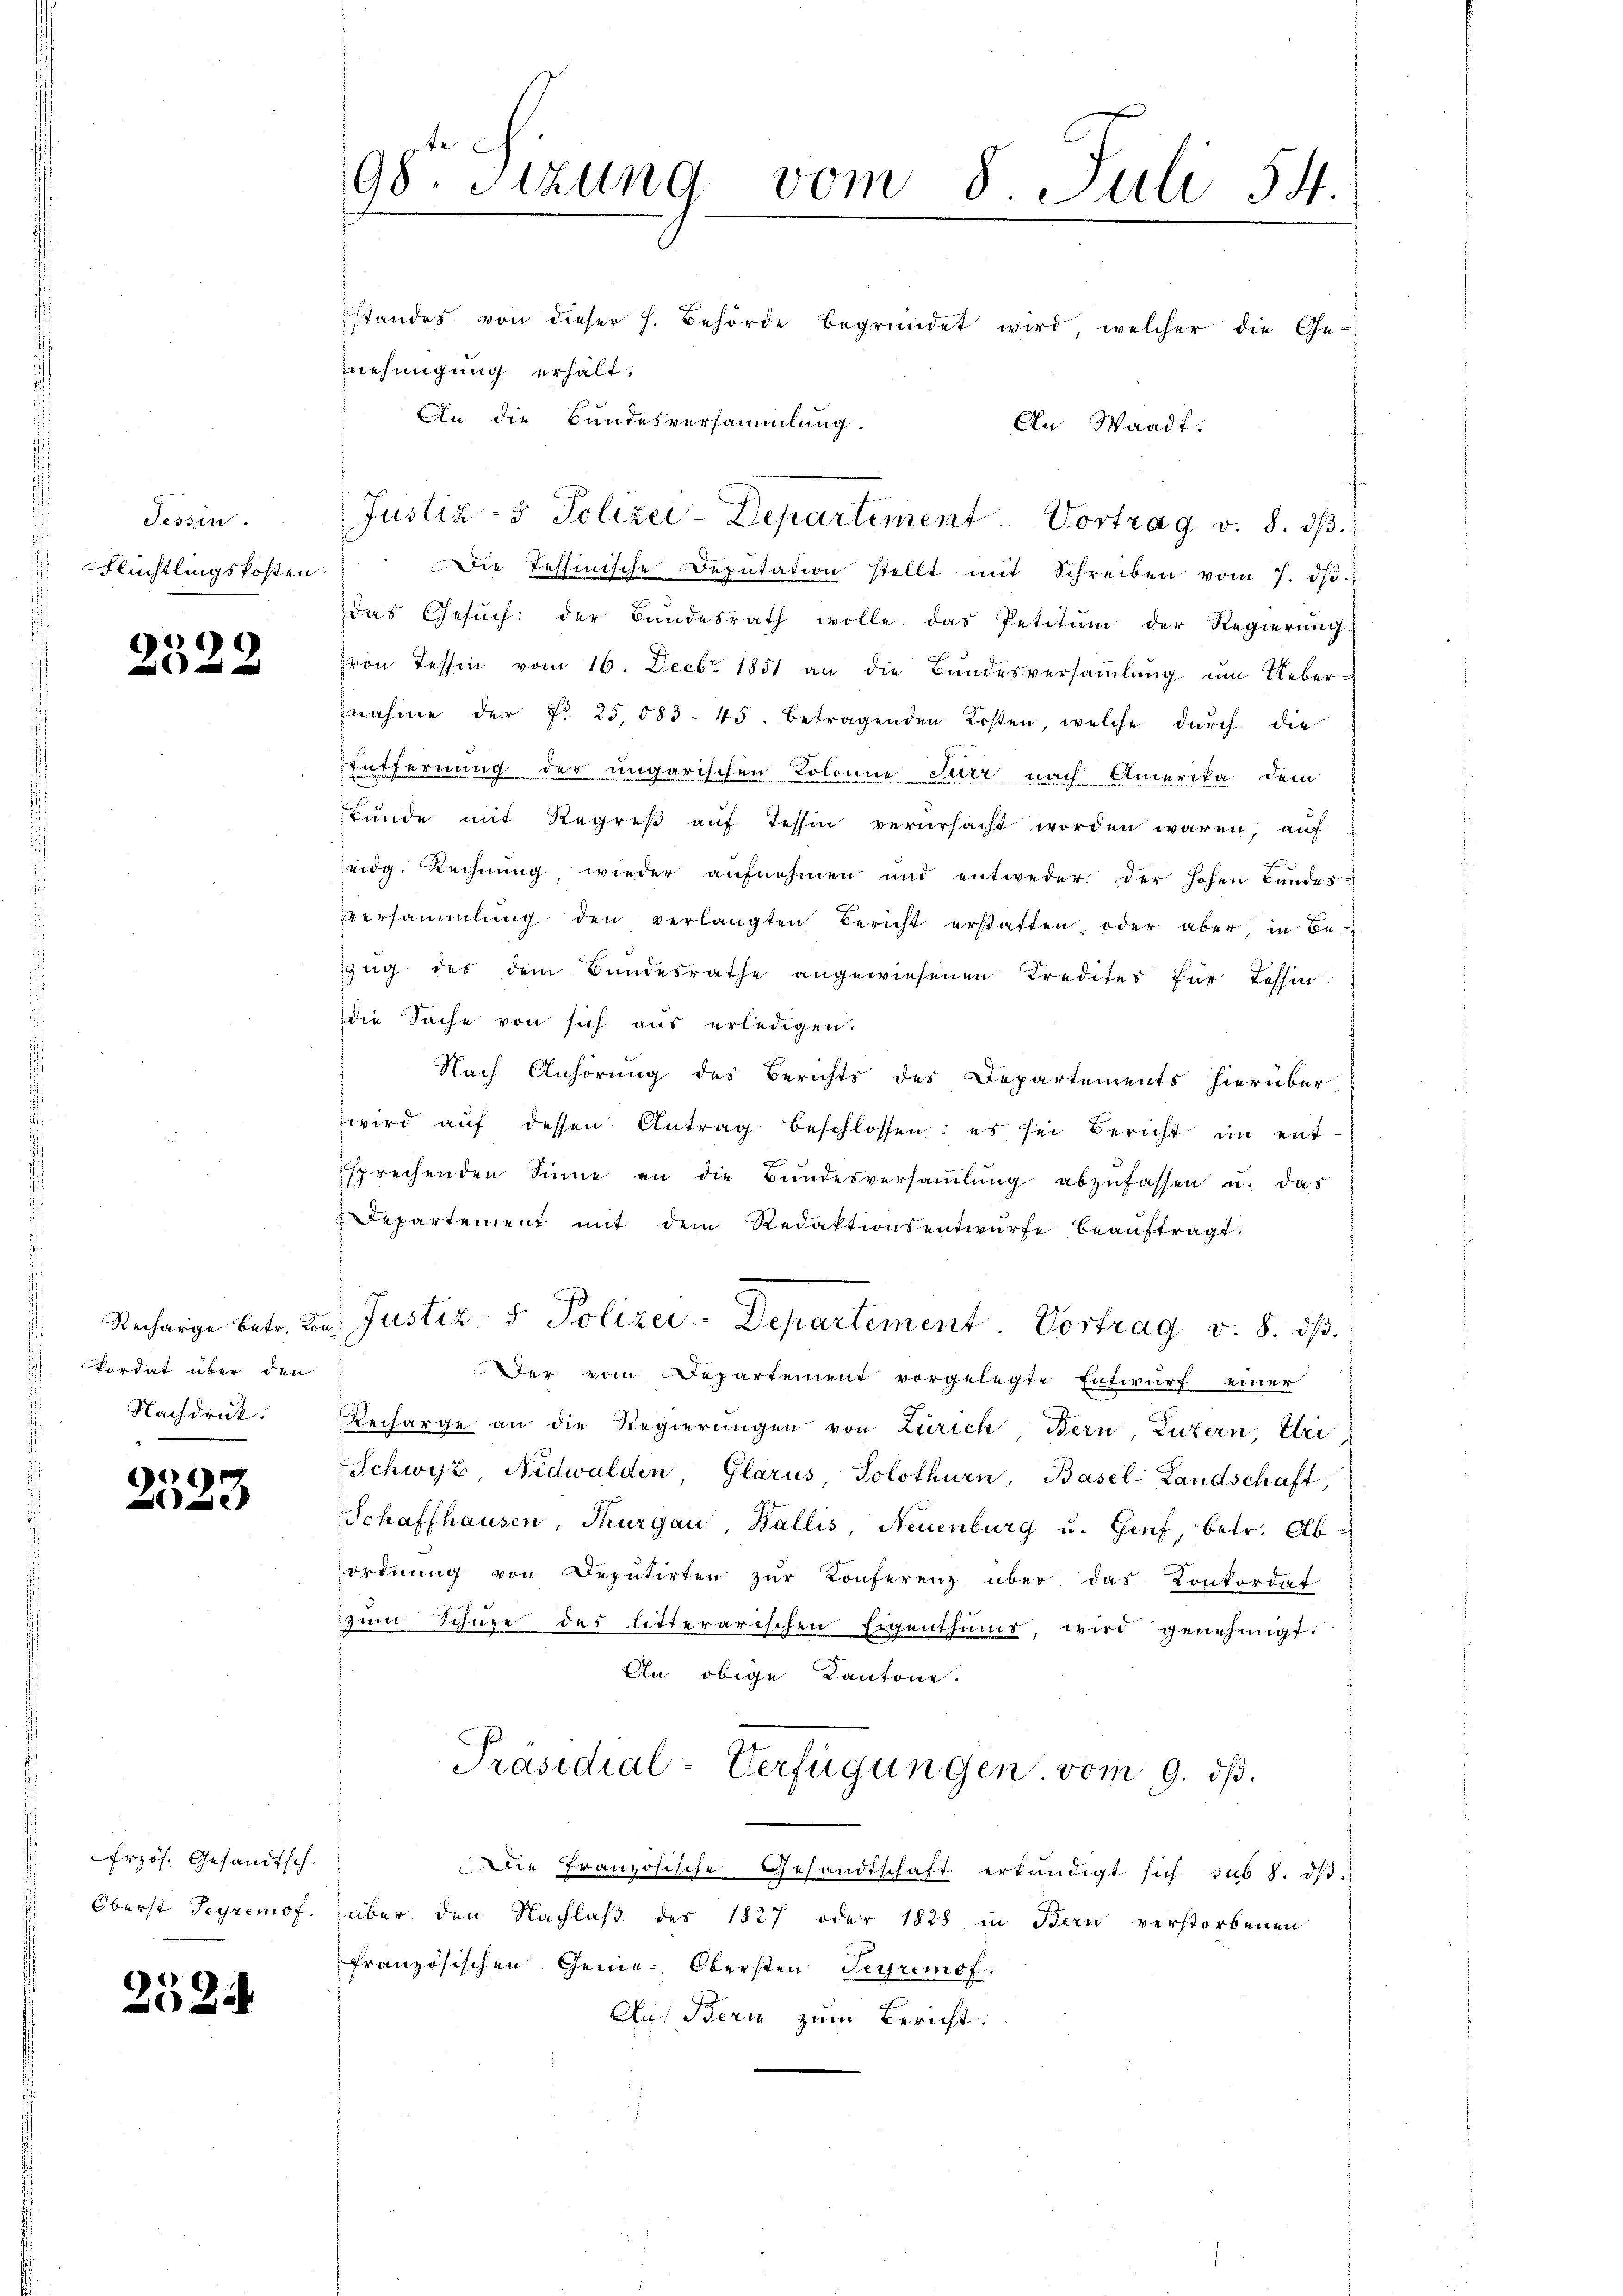
Tessin.
Flüchtlingskosten

2522

Recharge betr. Lo
Pordat über den
Nachdruck.

4)
e

frzös. Gesandtsch.
Oberst Teyremof.

2524

98. Sizung vom 8. Juli 54
standes von dieser h. Behörde begründet wird, welcher die Ge-
nehmigung erhält.
An die Bundesversammlung.
An Waadt.

Die Tessinische Deputation stellt mit Schreiben vom 7. d.
das Gesŭch: der Bundesrath wolle das Petitŭm der Regierŭng
von Tessin vom 16. Decbr. 1851 an die Bundesversaṁlŭng ŭm Ueber-
nahme der Nr. 25,083. 45. betragenden Kosten, welche durch die
Entfernung der ungarischen Kolonne Surr nach Amerika dem
Bŭnde mit Regreβ aŭf Tessin verursacht worden waren, auf
eidg. Rechnung wieder aufnehmen und entweder der hohen Bundes
versammlung den verlangten Bericht erstatten, oder aber, in Be-
zug des dem Bundesrathe angewiesenen Kredites für Tessin
die Sache von sich aus erledigen.
Nach Anhörung des Berichts des Departements hierüber
wird auf dessen Antrag beschlossen: es sei Bericht im entsprechenden Sinne an die Bŭndesversaṁlŭng abzufassen u. das
Departement mit dem Redaktionsentwurfe beaŭftragt.
Justiz- & Polizei-Departement Vortrag v. 8. dβ.
Der vom Departement vorgelegte Entwurf einer
Recharge an die Regierŭngen von Zürich, Bern, Luzern, Uri
Schwyz, Nidwalden Glarus Solothurn, Basel-Landschaft,
Schaffhausen, Thurgau, Wallis, Neuenburg u. Genf, betr. Abordnŭng von Deputirten zŭr Konferenz über das Konkordat
zŭm Schüze des litterarischen Eigenthums, wird genehmigt.
An obige Kantone.
Präsidial-Verfügungen vom 9. ds.
Die Französische Gesandtschaft erkundigt sich sub 8. dβ.
über den Nachlaß des 1827 oder 1828 in Bern verstorbenen
Französischen Genie-Obersten Seyremof.
Au: Berin zum Bericht.

Justiz- & Polizei-Departement. Vortrag v. 8. dβ.